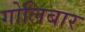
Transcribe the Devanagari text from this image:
गोलिबार